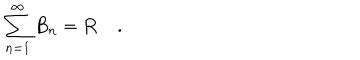
\sum _ { n = 1 } ^ { \infty } B _ { n } = \mathbf { R } \quad .